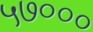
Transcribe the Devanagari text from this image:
५७०००